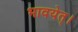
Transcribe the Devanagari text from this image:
भावयेत्‌।